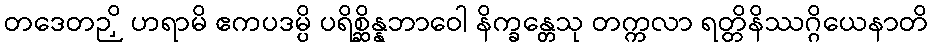
တဒေတဉှိ ဟရာမိ ဧကပဒမ္ပိ ပရိစ္ဆိန္နဘာဝေါ နိက္ခန္တေသု တက္ကလာ ရတ္တိနိဿဂ္ဂိယေနာတိ